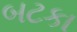
બટકા